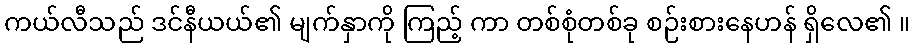
ကယ်လီသည် ဒင်နီယယ်၏ မျက်နှာကို ကြည့် ကာ တစ်စုံတစ်ခု စဉ်းစားနေဟန် ရှိလေ၏ ။